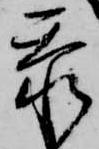
忝